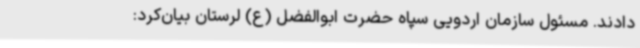
دادند. مسئول سازمان اردویی سپاه حضرت ابوالفضل (ع) لرستان بیان‌کرد: